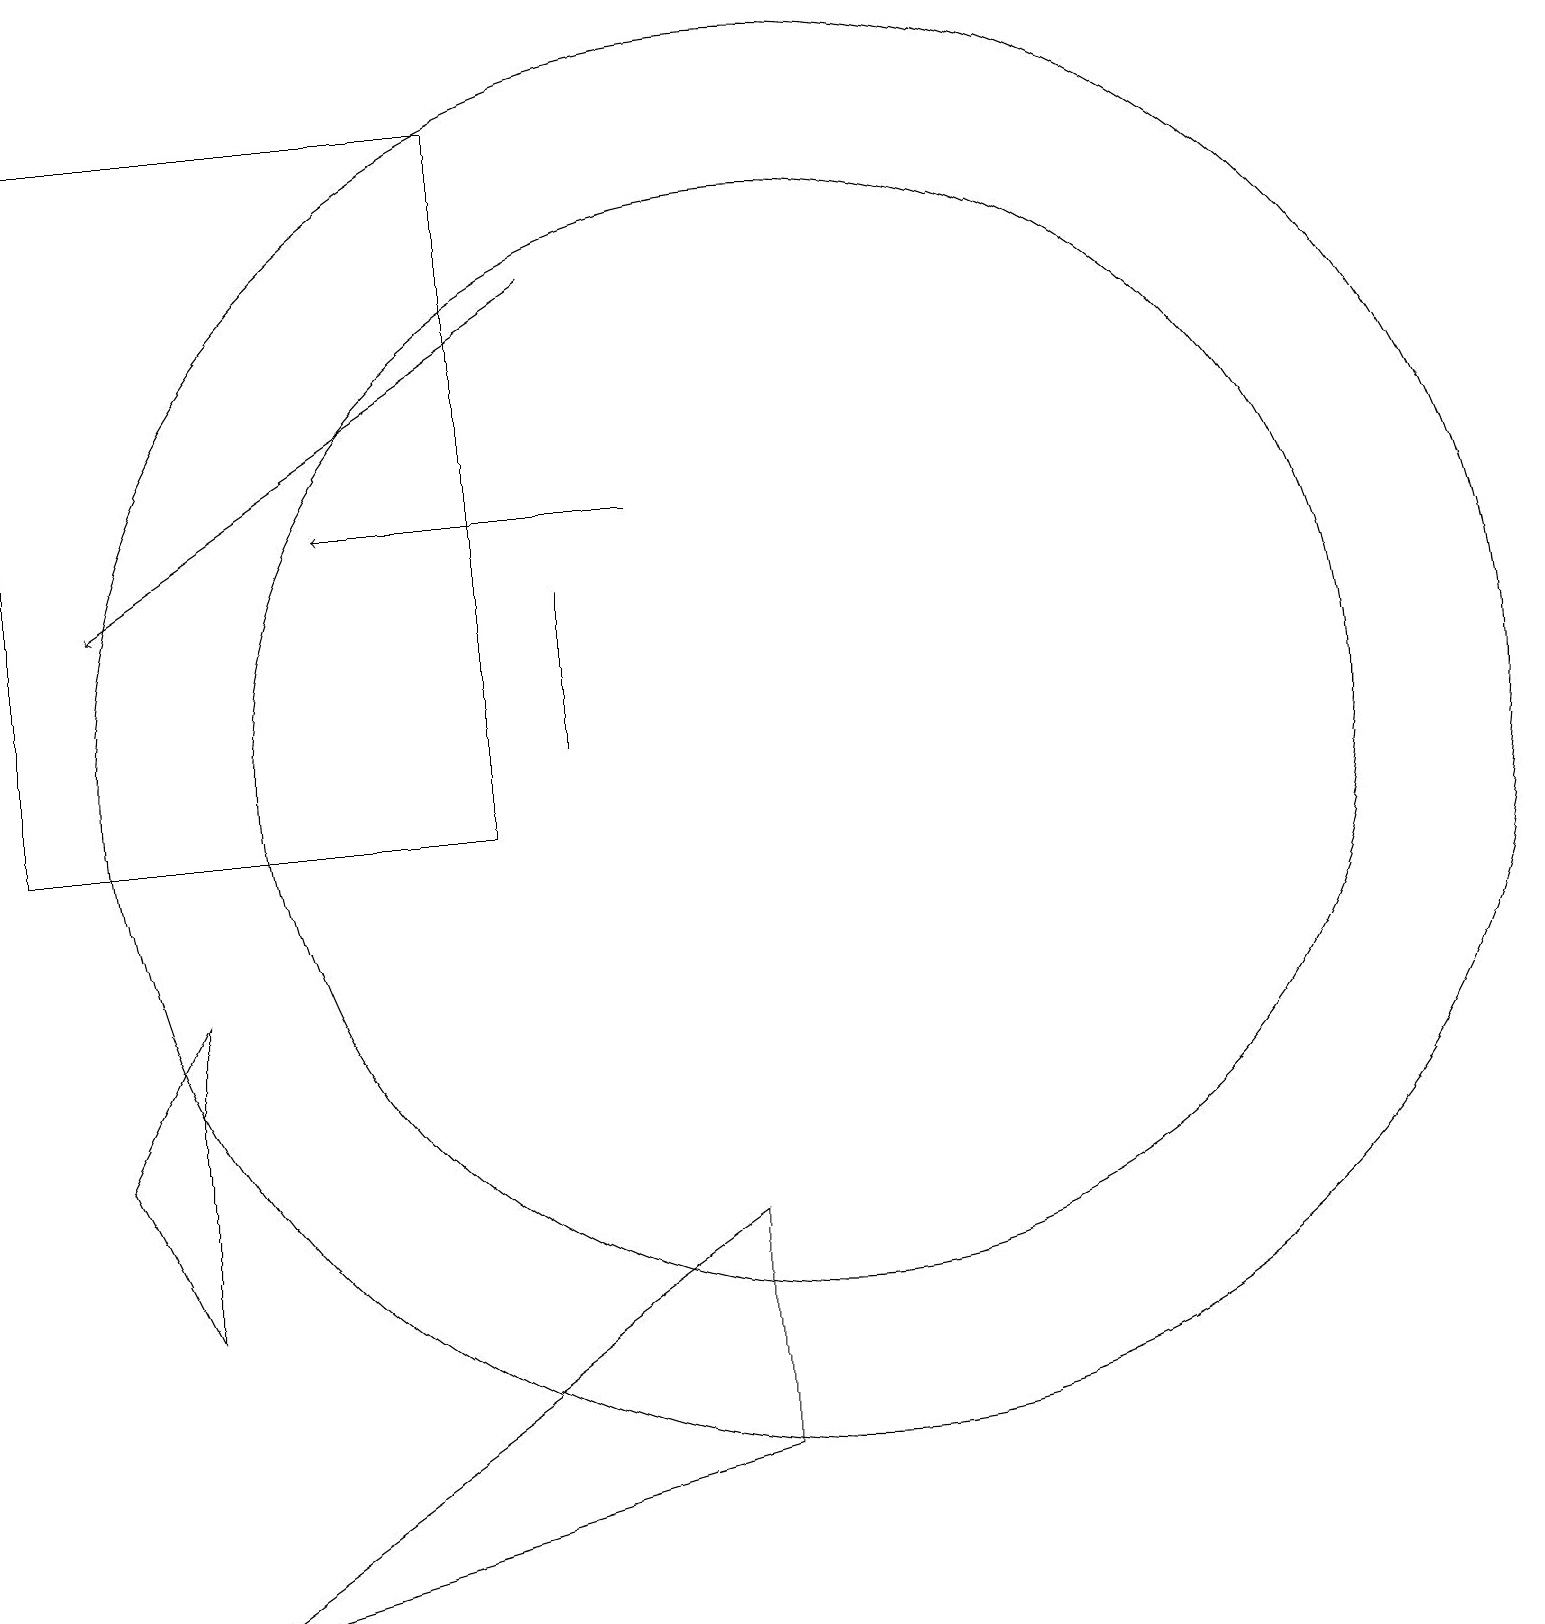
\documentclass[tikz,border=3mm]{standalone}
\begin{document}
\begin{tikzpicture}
\draw[->] (8,14) -- (4,14);
\draw (0,10) rectangle (6,19);
\draw[->] (7,17) -- (1,13);
\draw (2,8) -- (1,6) -- (2,4) -- cycle;
\draw (7,13) rectangle (7,11);
\draw (2,0) -- (9,2) -- (9,5) -- cycle;
\draw (10,11) circle (7);
\draw (10,11) circle (9);
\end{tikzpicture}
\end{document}